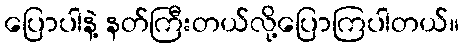
ပြောပါနဲ့ နတ်ကြီးတယ်လို့ပြောကြပါတယ်။